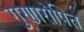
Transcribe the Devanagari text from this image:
गुणारोपित